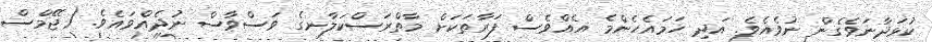
ކުޅަދާނަވެގެން ނުވެއެވެ. އަދި ހަމައެހެންމެ އެއްވެސް ފަރާތަކަށް މާތްރަސްކަލާނގެ ވަސްވާސް ނުދެއްވައެވެ. (ޖޭމްސް